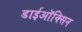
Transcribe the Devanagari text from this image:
डाईऑक्सिन